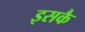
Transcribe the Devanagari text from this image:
इसकै